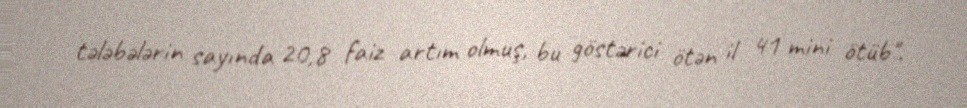
tələbələrin sayında 20,8 faiz artım olmuş, bu göstərici ötən il 41 mini ötüb".